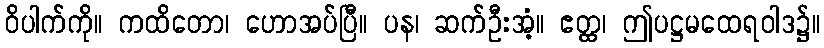
ဝိပါက်ကို။ ကထိတော၊ ဟောအပ်ပြီ။ ပန၊ ဆက်ဦးအံ့။ ဧတ္ထ၊ ဤပဋ္ဌမထေရဝါဒ၌။